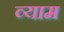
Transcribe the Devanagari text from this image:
व्याम